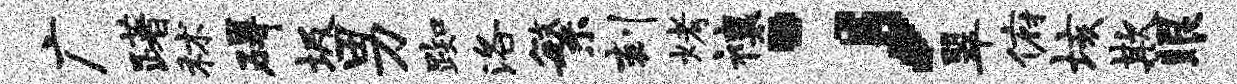
广躇秫碍圾男踟洛繁刻烤禳；翠俯垓欺眼